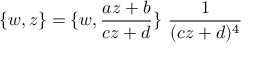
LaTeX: \{ w , z \} = \{ w , \frac { a z + b } { c z + d } \} ~ \frac { 1 } { ( c z + d ) ^ { 4 } }